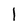
Character: I